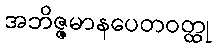
အဘိဇ္ဇမာနပေတဝတ္ထု